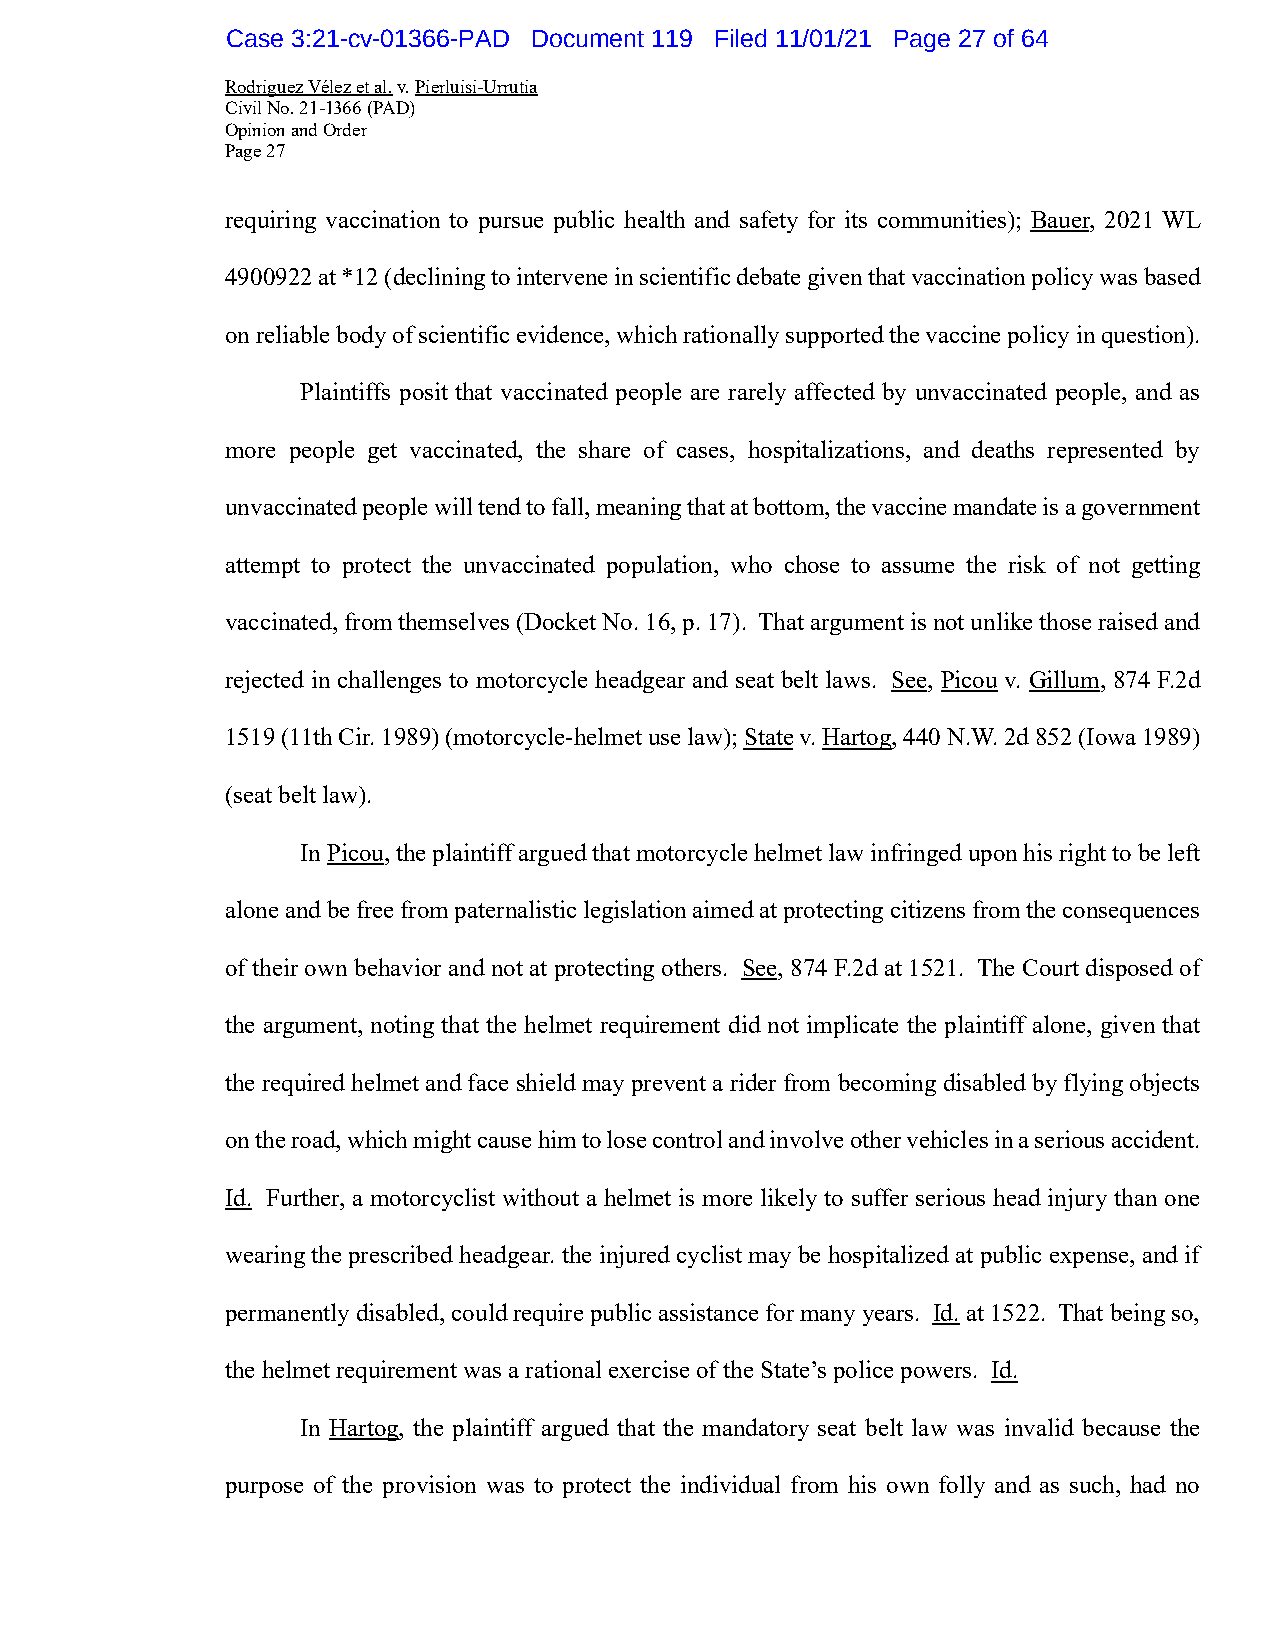
Case 3:21-cv-01366-PAD Document 119 Filed 11/01/21 Page 27 of 64
 Rodriguez Vélez et al. v. Pierluisi-Urrutia
 Civil No. 21-1366 (PAD)
 Opinion and Order
 Page 27
 requiring vaccination to pursue public health and safety for its communities); Bauer, 2021 WL
 4900922 at *12 (declining to intervene in scientific debate given that vaccination policy was based
 on reliable body of scientific evidence, which rationally supported the vaccine policy in question).
 Plaintiffs posit that vaccinated people are rarely affected by unvaccinated people, and as
 more people get vaccinated, the share of cases, hospitalizations, and deaths represented by
 unvaccinated people will tend to fall, meaning that at bottom, the vaccine mandate is a government
 attempt to protect the unvaccinated population, who chose to assume the risk of not getting
 vaccinated, from themselves (Docket No. 16, p. 17). That argument is not unlike those raised and
 rejected in challenges to motorcycle headgear and seat belt laws. See, Picou v. Gillum, 874 F.2d
 1519 (11th Cir. 1989) (motorcycle-helmet use law); State v. Hartog, 440 N.W. 2d 852 (Iowa 1989)
 (seat belt law).
 In Picou, the plaintiff argued that motorcycle helmet law infringed upon his right to be left
 alone and be free from paternalistic legislation aimed at protecting citizens from the consequences
 of their own behavior and not at protecting others. See, 874 F.2d at 1521. The Court disposed of
 the argument, noting that the helmet requirement did not implicate the plaintiff alone, given that
 the required helmet and face shield may prevent a rider from becoming disabled by flying objects
 on the road, which might cause him to lose control and involve other vehicles in a serious accident.
 Id. Further, a motorcyclist without a helmet is more likely to suffer serious head injury than one
 wearing the prescribed headgear. the injured cyclist may be hospitalized at public expense, and if
 permanently disabled, could require public assistance for many years. Id. at 1522. That being so,
 the helmet requirement was a rational exercise of the State’s police powers. Id.
 In Hartog, the plaintiff argued that the mandatory seat belt law was invalid because the
 purpose of the provision was to protect the individual from his own folly and as such, had no